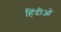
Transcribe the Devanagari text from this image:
हिंदीओ